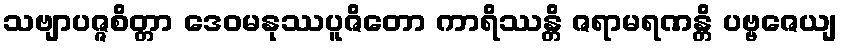
သဗျာပဇ္ဇစိတ္တာ ဒေဝမနုဿပူဇိတော ကာရိဿန္တိ ဇရာမရဏန္တိ ပဗ္ဗဇေယျ